Report of the Indian Hemp Drugs Commission, 1894-1895 - Volume VI
Year: 1894
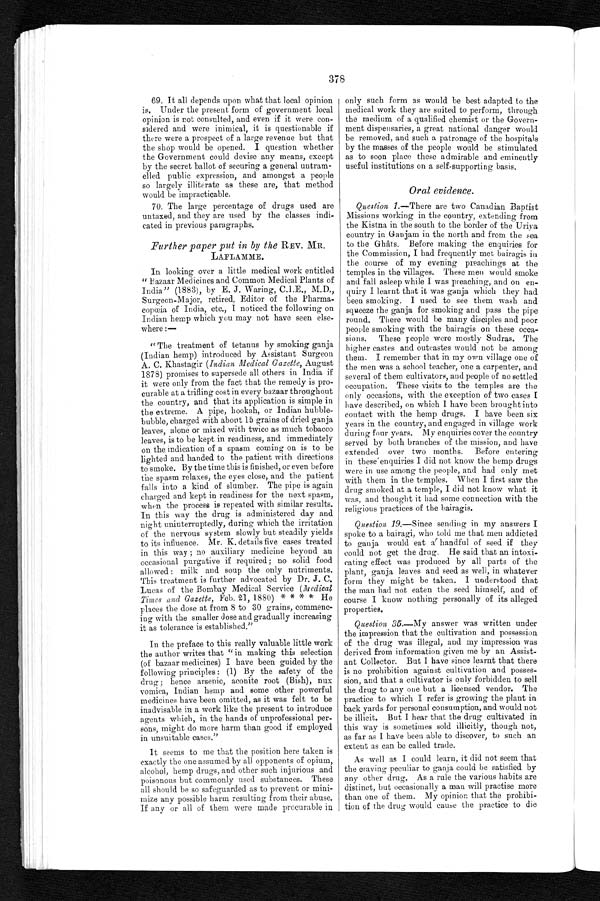
378
69. It all depends upon what that local opinion
is. Under the present form of government local
opinion is not consulted, and even if it were con-
sidered and were inimical, it is questionable if
there were a prospect of a large revenue but that
the shop would be opened. I question whether
the Government could devise any means, except
by the secret ballot of securing a general untram-
elled public expression, and amongst a people
so largely illiterate as these are, that method
would be impracticable.
70. The large percentage of drugs used are
untaxed, and they are used by the classes indi-
cated in previous paragraphs.
Further paper put in by the REV. MR.
LAFLAMME.
In looking over a little medical work entitled
" Bazaar Medicines and Common Medical Plants of
India" (1883),
by E. J. Waring, C.I.E., M.D., Surgeon-Major, retired, Editor of the Pharma-
copœia of India, etc., I noticed the following on
Indian hemp which you may not have seen else-
where :—
" The treatment of tetanus by smoking ganja
(Indian hemp) introduced by Assistant Surgeon
A. C. Khastagir (Indian Medical Gazette, August
1878) promises to supersede all others in India if
it were only from the fact that the remedy is pro-
curable at a trifling cost in every bazaar throughout
the country, and that its application is simple in
the extreme. A pipe, hookah, or Indian hubble-
bubble, charged with about 15 grains of dried ganja
leaves, alone or mixed with twice as much tobacco
leaves, is to be kept in readiness, and immediately
on the indication of a spasm coming on is to be
lighted and handed to the patient with directions
to smoke. By the time this is finished, or even before
the spasm relaxes, the eyes close, and the patient
falls into a kind of slumber. The pipe is again
charged and kept in readiness for the next spasm,
when the process is repeated with similar results.
In this way the drug is administered day and
night uninterruptedly, during which the irritation
of the nervous system slowly but steadily yields
to its influence. Mr. K. details five cases treated
in this way ; no auxiliary medicine beyond an
occasional purgative if required ; no solid food
allowed : milk and soup the only nutriments.
This treatment is further advocated by Dr. J. C.
Lucas of the Bombay Medical Service (Medical
Times and Gazette, Feb. 21, 1880) * * * * He
places the dose at from 8 to 30 grains, commenc-
ing with the smaller dose and gradually increasing
it as tolerance is established."
In the preface to this really valuable little work
the author writes that " in making this selection
(of bazaar medicines) I have been guided by the
following principles : (1) By the safety of the
drug ; hence arsenic, aconite root (Bish), nux
vomica, Indian hemp and some other powerful
medicines have been omitted, as it was felt to be
inadvisable in a work like the present to introduce
agents which, in the hands of unprofessional per-
sons, might do more harm than good if employed
in unsuitable cases."
It seems to me that the position here taken is
exactly the one assumed by all opponents of opium,
alcohol, hemp drugs, and other such injurious and
poisonous but commonly used substances. These
all should be so safeguarded as to prevent or mini-
mize any possible harm resulting from their abuse.
If any or all of them were made procurable in
only such form as would be best adapted to the
medical work they are suited to perform, through
the medium of a qualified chemist or the Govern-
ment dispensaries, a great national danger would
be removed, and such a patronage of the hospitals
by the masses of the people would be stimulated
as to soon place these admirable and eminently
useful institutions on a self-supporting basis.
Oral evidence .
Question 1.—There are two Canadian Baptist
Missions working in the country, extending from
the Kistna in the south to the border of the Uriya
country in Ganjam in the north and from the sea
to the Ghâts. Before making the enquiries for
the Commission, I had frequently met bairagis in
the course of my evening preaching at the
temples in the villages. These men would smoke
and fall asleep while I was preaching, and on en-
quiry I learnt that it was ganja which they had
been smoking. I used to see them wash and
squeeze the ganja for smoking and pass the pipe
round. There would be many disciples and poor
people smoking with the bairagis on these occa-
sions. These people were mostly Sudras. The
higher castes and outcastes would not be among
them. I remember that in my own village one of
the men was a school teacher, one a carpenter, and
several of them cultivators, and people of no settled
occupation. These visits to the temples are the
only occasions, with the exception of two cases I
have described, on which I have been brought into
contact with the hemp drugs. I have been six
years in the country, and engaged in village work
during four years. My enquiries cover the country
served by both branches of the mission, and have
extended over two months. Before entering
in these enquiries I did not know the hemp drugs
were in use among the people, and had only met
with them in the temples. When I first saw the
drug smoked at a temple, I did not know what it
was, and thought it had some connection with the
religious practices of the bairagis.
Question 19.—Since sending in my answers I
spoke to a bairagi, who told me that men addicted
to ganja would eat a handful of seed if they
could not get the drug He said that an intoxi-
cating effect was produced by all parts of the
plant, ganja leaves and seed as well, in whatever
form they might be taken. I understood that
the man had not eaten the seed himself, and of
course I know nothing personally of its alleged
properties.
Question 35.—My answer was written under
the impression that the cultivation and possession
of the drug was illegal, and my impression was
derived from information given me by an Assist-
ant Collector. But I have since learnt that there
is no prohibition against cultivation and posses-
sion, and that a cultivator is only forbidden to sell
the drug to any one but a licensed vendor. The
practice to which I refer is growing the plant in
back yards for personal consumption, and would not
be illicit. But I hear that the drug cultivated in
this way is sometimes sold illicitly, though not,
as far as I have been able to discover, to such an
extent as can be called trade.
As well as I could learn, it did not seem that
the craving peculiar to ganja could be satisfied by
any other drug. As a rule the various habits are
distinct, but occasionally a man will practise more
than one of them. My opinion that the prohibi-
tion of the drug would cause the practice to die